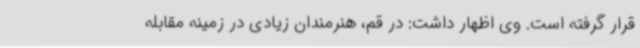
قرار گرفته است. وی اظهار داشت: در قم، هنرمندان زیادی در زمینه مقابله